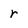
Character: r